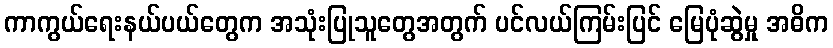
ကာကွယ်ရေးနယ်ပယ်တွေက အသုံးပြုသူတွေအတွက် ပင်လယ်ကြမ်းပြင် မြေပုံဆွဲမှု အဓိက